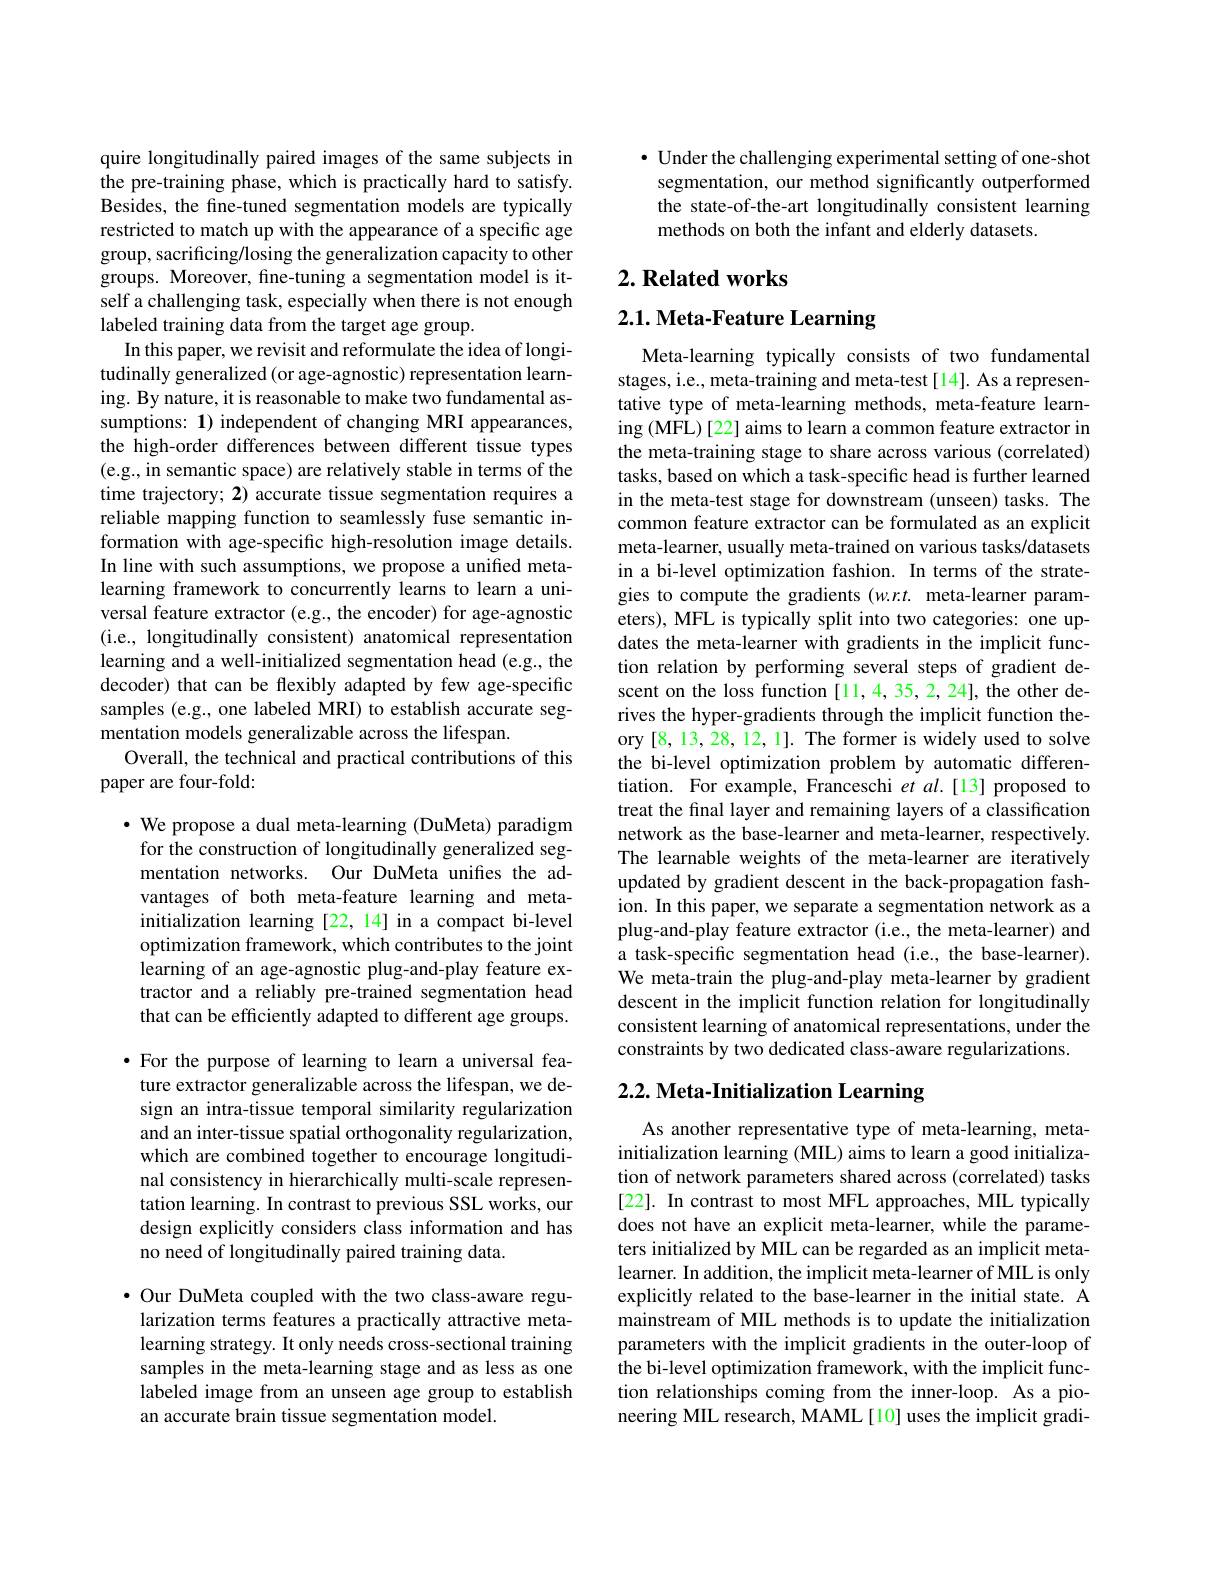
quire longitudinally paired images of the same subjects in the pre-training phase, which is practically hard to satisfy. Besides, the fine-tuned segmentation models are typically restricted to match up with the appearance of a specific age group, sacrificing/losing the generalization capacity to other groups. Moreover, fine-tuning a segmentation model is itself a challenging task, especially when there is not enough labeled training data from the target age group.
In this paper, we revisit and reformulate the idea of longitudinally generalized (or age-agnostic) representation learning. By nature, it is reasonable to make two fundamental assumptions: 1) independent of changing MRI appearances, the high-order differences between different tissue types (e.g., in semantic space) are relatively stable in terms of the time trajectory; 2) accurate tissue segmentation requires a reliable mapping function to seamlessly fuse semantic information with age-specific high-resolution image details. In line with such assumptions, we propose a unified metalearning framework to concurrently learns to learn a universal feature extractor (e.g., the encoder) for age-agnostic (i.e., longitudinally consistent) anatomical representation learning and a well-initialized segmentation head (e.g., the decoder) that can be flexibly adapted by few age-specific samples (e.g., one labeled MRI) to establish accurate segmentation models generalizable across the lifespan.
Overall, the technical and practical contributions of this
paper are four-fold:

$\cdot$ We propose a dual meta-learning (DuMeta) paradigm for the construction of longitudinally generalized segmentation networks. Our DuMeta unifies the advantages of both meta-feature learning and metainitialization learning [22,14] in a compact bi-level optimization framework, which contributes to the joint learning of an age-agnostic plug-and-play feature extractor and a reliably pre-trained segmentation head that can be efficiently adapted to different age groups. $\bullet$ For the purpose of learning to learn a universal feature extractor generalizable across the lifespan, we design an intra-tissue temporal similarity regularization and an inter-tissue spatial orthogonality regularization, which are combined together to encourage longitudinal consistency in hierarchically multi-scale representation learning. In contrast to previous SSL works, our design explicitly considers class information and has no need of longitudinally paired training data.
·Our DuMeta coupled with the two class-aware regu-

larization terms features a practically attractive metalearning strategy. It only needs cross-sectional training samples in the meta-learning stage and as less as one labeled image from an unseen age group to establish an accurate brain tissue segmentation model.

· Under the challenging experimental setting of one-shot segmentation, our method significantly outperformed the state-of-the-art longitudinally consistent learning methods on both the infant and elderly datasets.

## $2. \textbf{Related works}$

## 2.1. Meta- Feature Learning

Meta-learning typically consists of two fundamental stages, i.e., meta-training and meta-test[14]. As a representative type of meta-learning methods, meta-feature learning (MFL)[22] aims to learn a common feature extractor in the meta-training stage to share across various (correlated) tasks, based on which a task-specific head is further learned in the meta-test stage for downstream (unseen) tasks. The common feature extractor can be formulated as an explicit meta-learner, usually meta-trained on various tasks/datasets in a bi-level optimization fashion. In terms of the strategies to compute the gradients (w.r.t. meta-learner parameters), MFL is typically split into two categories: one updates the meta-learner with gradients in the implicit function relation by performing several steps of gradient descent on the loss function [11,4,35,2,24], the other derives the hyper-gradients through the implicit function theory [8,13,28,12,1]. The former is widely used to solve the bi-level optimization problem by automatic differentiation. For example, Franceschi et al.[13] proposed to treat the final layer and remaining layers of a classification network as the base-learner and meta-learner, respectively. The learnable weights of the meta-learner are iteratively updated by gradient descent in the back-propagation fashion. In this paper, we separate a segmentation network as a plug-and-play feature extractor (i.e., the meta-learner) and a task-specific segmentation head (i.e., the base-learner). We meta-train the plug-and-play meta-learner by gradient descent in the implicit function relation for longitudinally consistent learning of anatomical representations, under the constraints by two dedicated class-aware regularizations.

# 2.2. Meta- Initialization Learning

As another representative type of meta-learning, metainitialization learning (MIL) aims to learn a good initialization of network parameters shared across (correlated) tasks [22]. In contrast to most MFL approaches, MIL typically does not have an explicit meta-learner, while the parameters initialized by MIL can be regarded as an implicit metalearner. In addition, the implicit meta-learner of MIL is only explicitly related to the base-learner in the initial state. A mainstream of MIL methods is to update the initialization parameters with the implicit gradients in the outer-loop of the bi-level optimization framework, with the implicit function relationships coming from the inner-loop. As a pioneering MIL research, MAML[10] uses the implicit gradi-